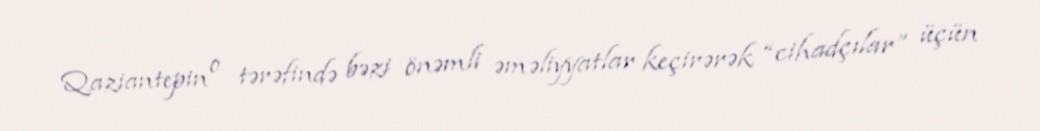
Qaziantepin o tərəfində bəzi önəmli əməliyyatlar keçirərək “cihadçılar” üçün